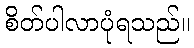
စိတ်ပါလာပုံရသည်။